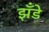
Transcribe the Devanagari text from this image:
झँडे